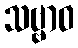
သဗ္ဗာဝ